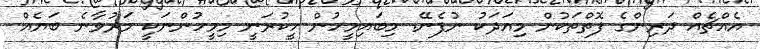
އެއްޗެއް ދަރިންގެ ފޮތްތަކުން މިއަދަކު ނުފެނޭ. މިބައިމީހުން ހީކުރަނީ މިމީހުންނަކީ މަރުވާނެ ބަޔެއް